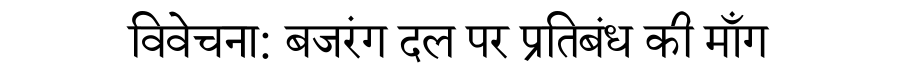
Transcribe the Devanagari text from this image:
विवेचना: बजरंग दल पर प्रतिबंध की माँग